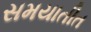
સમયાતીત